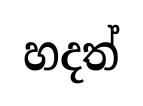
හදත්